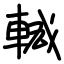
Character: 輱